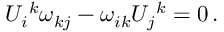
U _ { i } { } ^ { k } \omega _ { k j } - \omega _ { i k } U _ { j } { } ^ { k } = 0 \, .